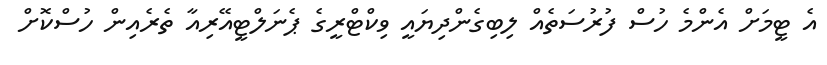
އެ ޓީމަށް އެންމެ ހުސް ފުރުސަތެއް ލިބިގެންދިޔައީ ވިކްޓްރީގެ ޕެނަލްޓީއޭރިއާ ތެރެއިން ހުސްކޮށް